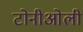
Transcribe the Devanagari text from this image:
टोनीओली